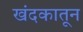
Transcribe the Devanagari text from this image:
खंदकातून